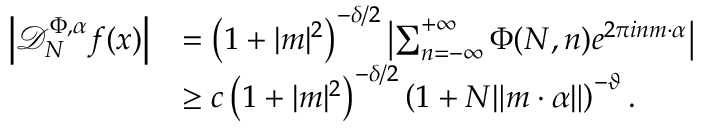
\begin{array} { r l } { \left| \mathcal { D } _ { N } ^ { \Phi , \alpha } f ( x ) \right| } & { = \left( 1 + | m | ^ { 2 } \right) ^ { - \delta / 2 } \left\vert \sum _ { n = - \infty } ^ { + \infty } \Phi ( N , n ) e ^ { 2 \pi i n m \cdot \alpha } \right\vert } \\ & { \geq c \left( 1 + | m | ^ { 2 } \right) ^ { - \delta / 2 } \left( 1 + N \| m \cdot \alpha \| \right) ^ { - \vartheta } . } \end{array}